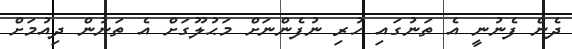
ދެން ފެނުނީ އެ ތަނުގައި ހުރި ނުފެންނަށް މަޙުލޫގަށް އެ ތަނުން ދިއުމަށް